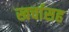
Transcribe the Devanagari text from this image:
खर्चासह